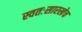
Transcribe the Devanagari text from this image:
स्वतःसारखेच